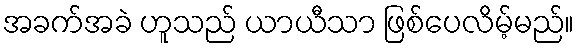
အခက်အခဲ ဟူသည် ယာယီသာ ဖြစ်ပေလိမ့်မည်။